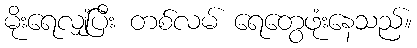
မိုးရေလျှံပြီး တစ်လမ် ရေတွေဖုံးနေသည်။